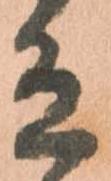
有